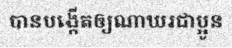
បានបង្កើតឲ្យណាឃរជាប្អូន